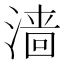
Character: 𬈧